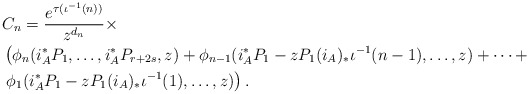
\begin{align*} &C_n=\frac{e^{\tau(\iota^{-1} (n) ) }} {z^{d_n}} \times \\&\left(\phi_n(i_A^*P_1, \dots, i_A^*P_{r+2s} , z)+\phi_{n-1} (i_A^*P_1-zP_1(i_A)_*\iota^{-1} (n-1), \dots, z)+\cdots+\right. \\&\left.\phi_1(i_A^*P_1-zP_1(i_A)_*\iota^{-1} (1), \dots, z)\right).\end{align*}